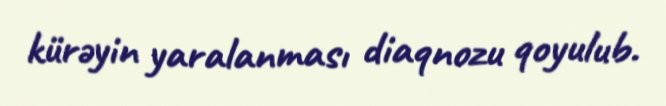
kürəyin yaralanması diaqnozu qoyulub.